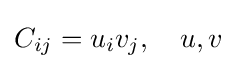
C_{ij}=u_{i}v_{j},\quad u,v